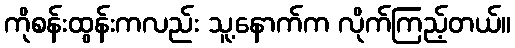
ကိုစန်းထွန်းကလည်း သူ့နောက်က လိုက်ကြည့်တယ်။